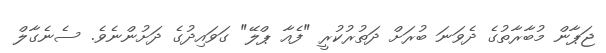
ޖަޕާން މުބާރާތުގެ ދެވަނަ ބުރަށް ދަތުރުުކުރީ "ފެއާ ޕްލޭ" ގަވައިދުގެ ދަށުންނެވެ. ސެނެގާލް